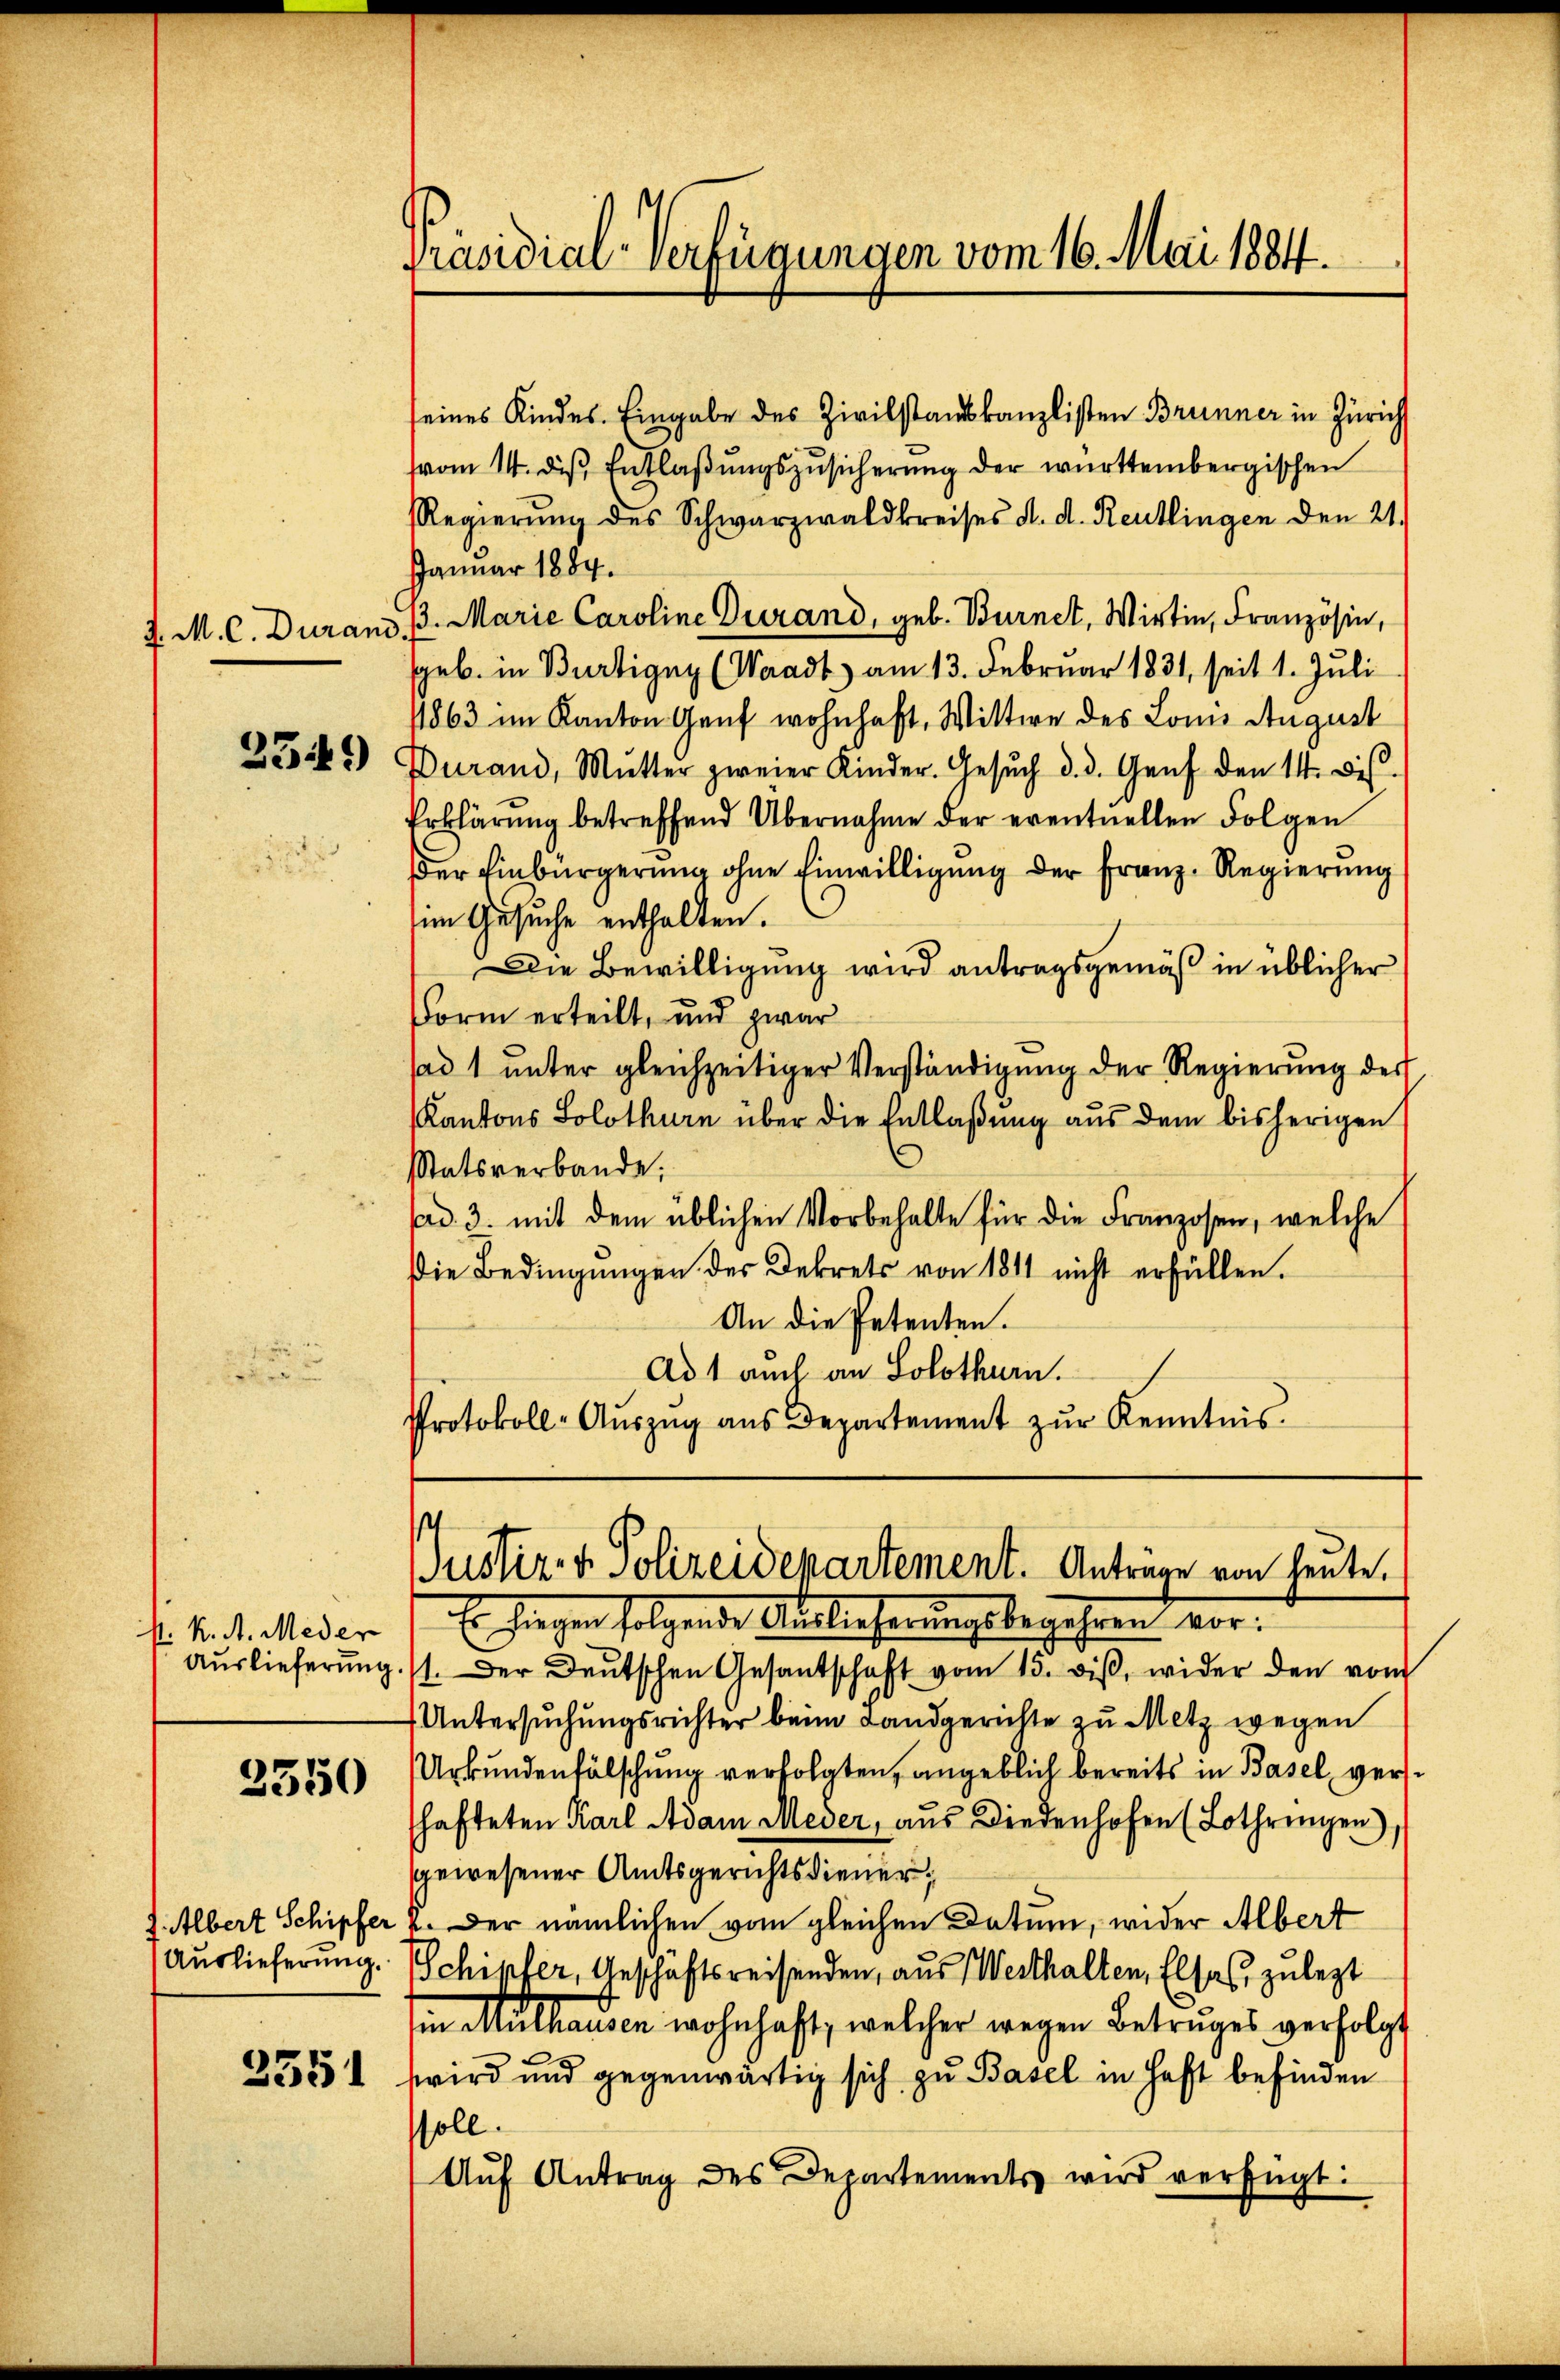
J. M. C. Duran

2349

N. K. A. Meder
Auslieferung.

2550

J. Albert Schipfer,
Auslieferung.

3351

f

Präsidial-Verfügungen vom 16. Mai 1884.

seines Kindes. Eingabe des Zivilstandskanzlisten Brunner in Zürich
vom 14. dβ. Entlaβŭngszusicherŭng der württembergischen
Regierŭng des Schwarzwaldkreises d. d. Reutlingen den 21.
JJanuar 1884.
13. Marie Caroline Turand, geb. Burnet, Wirtin, Französin,
geb. in Bürtigny (Waadt) am 13. Februar 1831, seit 1. Juli
1863 im Kanton Genf wohnhaft, Wittwe des Loms August
Durand, Mutter zweier Kinder. Gesŭch d. d. Genf den 14. des
Erklärung betreffend Übernahme der eventuellen Folgen
Der Einbürgerung ohne Einwilligung der Franz-Regierung
im Gesuche enthalten.
Die Bewilligung wird antragsgemäß in üblicher
Form erteilt, und zwar
sad 1 unter gleichzeitiger Verständigung der Regierung der
Kantons Solothurn über die Entlaßung aus dem bisherigen
¬
tatsverbande;
sad. 3. mit dem üblichen Vorbehalte für die Franzosen, welche
Die Bedingungen des Dekrets von 1811 nicht erfüllen.
An die Petenten.
Ad 1 auch an Solothurn.
Protokoll-Auszug aus Departement zur Kenntnis.

JJustiz- & Polizeidepartement. Anträge von heute.

Er hiegen folgende Auslieferungsbegehren vor.
1. Der Deutschen Gesantschaft vom 15. diβ wider den vom
Untersuchungsrichter beim Landgerichte zu Metz wegen
Urkundenfälschung verfolgten, angeblich bereits in Basel, verse
hafteten Karl Adam Meder, aus Diedenhofen (Lothringen)
gewesener Amtsgerichtsdiener
. Der nämlichen vom gleichen Datum, wider Albert
Schipfer, Geschäftsreisenden, aus Werthalten, Elsas, zulezt
in Muthausen wohnhaft, welcher wegen Betruges verfolgt
wird und gegenwärtig sich zu Basel in Haft befinden
soll.
Aŭf Antrag des Departements wird verfügt: